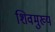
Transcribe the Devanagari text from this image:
शिवमुख्य